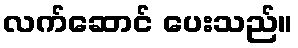
လက်ဆောင် ပေးသည်။